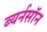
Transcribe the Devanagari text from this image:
ब्यर्नसॉन